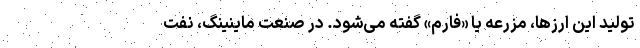
تولید این ارزها، مزرعه یا «فارم» گفته می‌شود. در صنعت ماینینگ، نفت